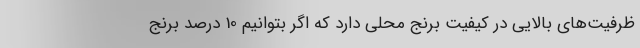
ظرفیت‌های بالایی در کیفیت برنج محلی دارد که اگر بتوانیم 10 درصد برنج